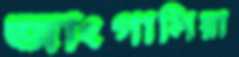
জাংগালিয়া